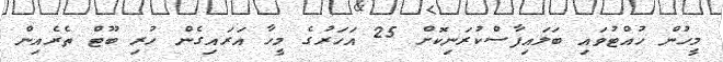
މީހުން ހުއްޓުވައި ބަލައިފާސްކުރަނިކޮށް 25 އަހަރުގެ މީހާ އަރައިގެން ހުރި ބޫޓް ތެރެއިން